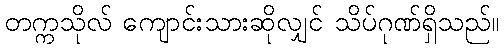
တက္ကသိုလ် ကျောင်းသားဆိုလျှင် သိပ်ဂုဏ်ရှိသည်။